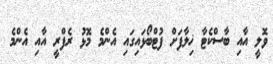
ވޮލީ އާއި ބާސްކެޓާ ޚިލާފަށް ފުޓްބޯޅައިގައި އެންމެ މޮޅު ރެފްރީ އާއި އެންމެ